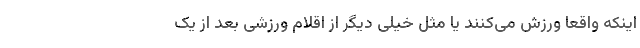
اینکه واقعاً ورزش می‌کنند یا مثل خیلی دیگر از اقلام ورزشی بعد از یک